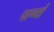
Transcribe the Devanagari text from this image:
पाण्वों